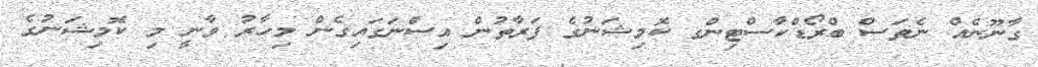
ގާނޫނެއް ނެތަސް ބްރޯޑްކާސްޓިންގ ކޮމިޝަނުގެ ފަރާތުން އިސްނަގައިގެން މިހާރު ވާނީ މި ކޮމިޝަނުގެ